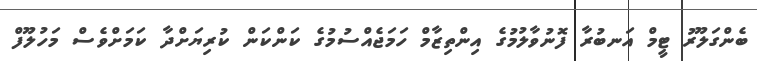
ބެންގަލޫރު ޓީމް އަނބުރާ ފޮނުވާލުމުގެ އިންތިޒާމް ހަމަޖެއްސުމުގެ ކަންކަން ކުރިޔަށްދާ ކަމަށްވެސް މަހުލޫފް